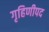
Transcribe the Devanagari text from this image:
गृहिणीपद